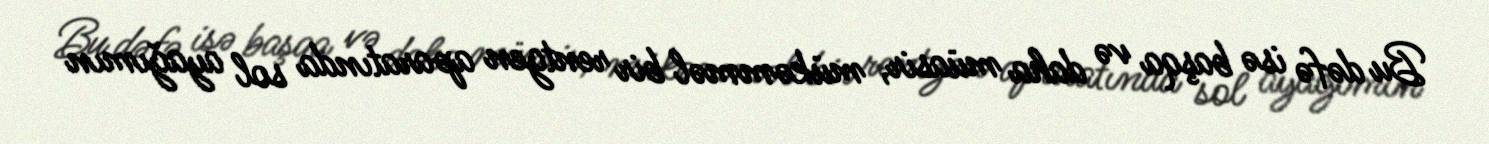
Bu dəfə isə başqa və daha müasir, mükəmməl bir rentgen aparatında sol ayağımın